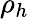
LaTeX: \rho_{h}